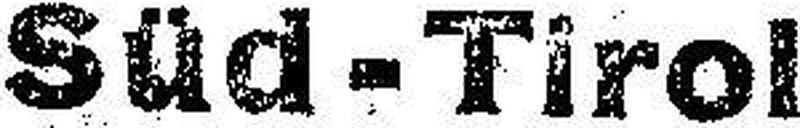
Süd-Tirol